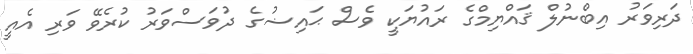
ދަރިވަރު އިބްނުލް ޤައްޔިމްގެ ރައުޔަކީ ވެސް ޙައިޟުގެ ދުވަސްވަރު ކުރެވޭ ވަރި އެއީ